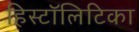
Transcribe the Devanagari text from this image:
हिस्टॉलिटिका